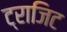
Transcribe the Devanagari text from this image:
ट्राजिट